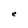
Character: e